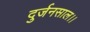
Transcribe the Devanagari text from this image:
दुर्जनसाल।।